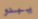
يبدو